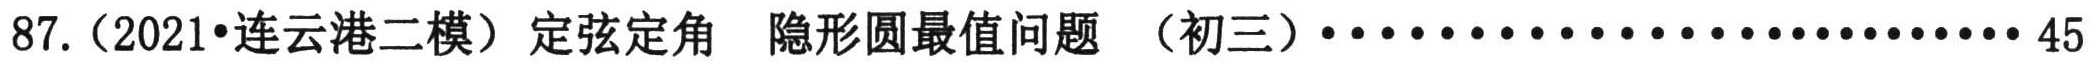
87.（2021•连云港二模）定弦定角 隐形圆最值问题 （初三）\(\cdots\cdots\cdots\cdots\cdots\cdots\cdots\cdots\cdots\cdots\cdots45\)